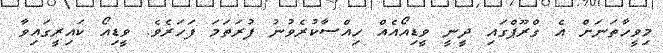
މިވީހާތަނަށް އެ ގްރޫޕްގައި ދީނީ ވީޑިއޯއެއް ހިއްސާކުރެވުނު ފުރަތަމަ ފަހަރެވެ. ވީޑިއޯ ކައިރީގައިވާ